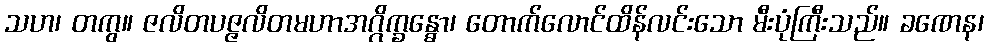
သဟ၊ တကွ။ ဇလိတပဇ္ဇလိတမဟာအဂ္ဂိက္ခန္ဓော၊ တောက်လောင်ထိန်လင်းသော မီးပုံကြီးသည်။ ခဏေန၊